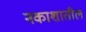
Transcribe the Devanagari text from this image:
नकाशातील